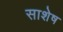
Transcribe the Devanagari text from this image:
साशेष